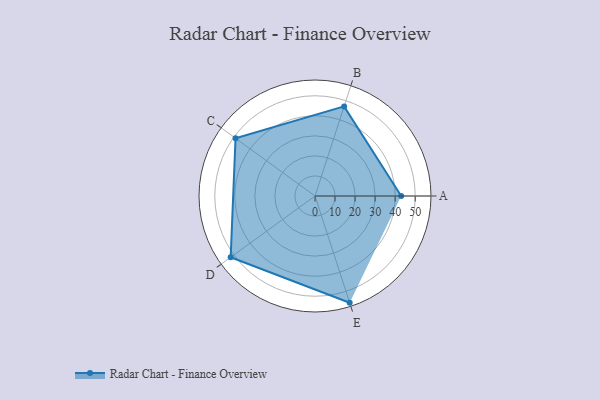
{"axis": {"x": "Skill", "y": "Score"}, "legend": ["Profile"], "data": [{"x": "A", "y": 43.0, "type": "Profile"}, {"x": "B", "y": 47.0, "type": "Profile"}, {"x": "C", "y": 49.0, "type": "Profile"}, {"x": "D", "y": 52.0, "type": "Profile"}, {"x": "E", "y": 56.0, "type": "Profile"}]}